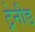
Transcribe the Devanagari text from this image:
ट्रेनीङ